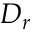
D _ { r }